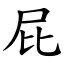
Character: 屁